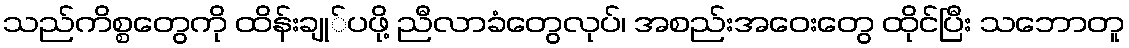
သည်ကိစ္စတွေကို ထိန်းချု်ပဖို့ ညီလာခံတွေလုပ်၊ အစည်းအဝေးတွေ ထိုင်ပြီး သဘောတူ